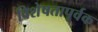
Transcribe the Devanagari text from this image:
विशेषतापूर्वक